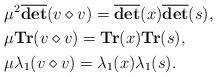
LaTeX: \begin{align*}\begin{aligned}&\mu^2\overline{\textbf{det}}(v \diamond v)=\overline{\textbf{det}}(x)\overline{\textbf{det}}(s), \\ &\mu \textbf{Tr}(v \diamond v)=\textbf{Tr}(x)\textbf{Tr}(s), \\&\mu \lambda_1(v \diamond v)= \lambda_1(x) \lambda_1(s).\end{aligned}\end{align*}